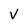
Character: V